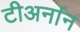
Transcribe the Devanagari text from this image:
टीअर्नान